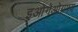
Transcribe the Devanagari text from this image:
इओगेओग्रफ्य